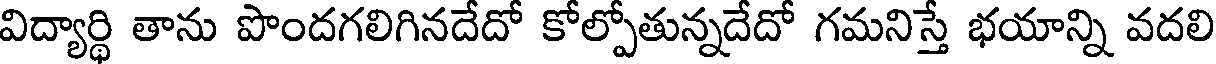
విద్యార్థి తాను పొందగలిగినదేదో కోల్పోతున్నదేదో గమనిస్తే భయాన్ని వదలి